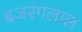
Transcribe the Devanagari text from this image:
बजरंगलाल